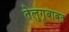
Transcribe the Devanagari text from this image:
तेलुगूबाबत